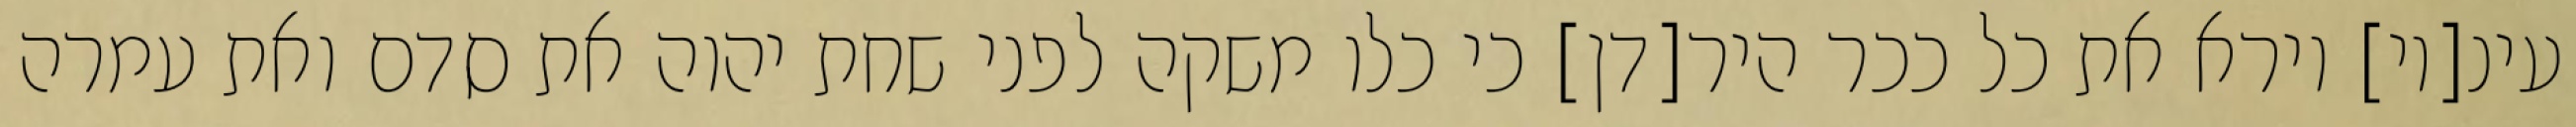
עינ[יו] וירא את כל ככר היר[דן] כי כלו משקה לפני שחת יהוה את סדם ואת עמרה